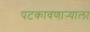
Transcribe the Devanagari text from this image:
पटकावणाऱ्याला